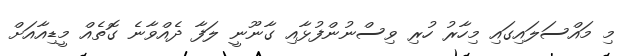
މި މައްސަލައިގައި މިހާރު ހުރި ވިސްނުންފުޅާއި ގާނޫނީ ލަފާ ދެއްވާނެ ގޮތެއް މީޑިއާއަށް